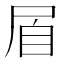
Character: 㞒